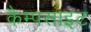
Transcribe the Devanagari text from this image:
कैम्पसाइट